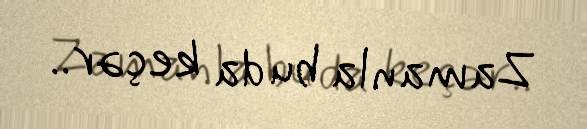
Zamanla bu da keçər..